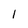
Character: l